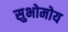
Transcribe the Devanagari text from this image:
सुभोमोय